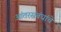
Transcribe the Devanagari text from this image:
आंतरसंबंधांचे